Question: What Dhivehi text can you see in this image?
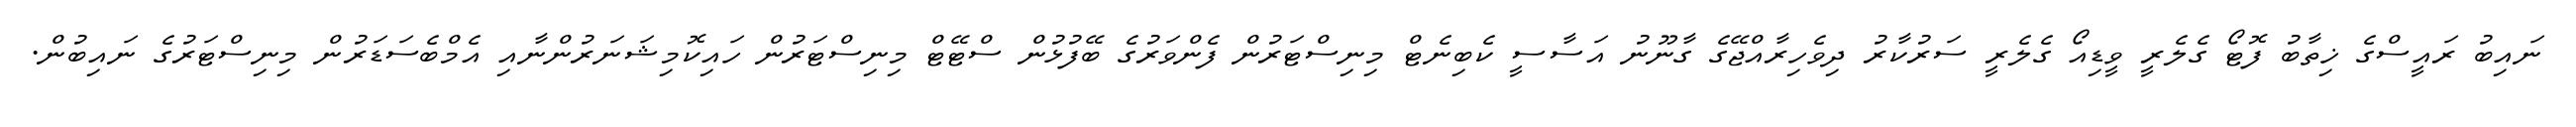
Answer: ނައިބު ރައީސްގެ ޚިތާބު ފޮޓޯ ގެލެރީ ވީޑިއޯ ގެލެރީ ސަރުކާރު ދިވެހިރާއްޖޭގެ ގާނޫނު އަސާސީ ކެބިނެޓް މިނިސްޓަރުން ފެންވަރުގެ ބޭފުޅުން ސްޓޭޓް މިނިސްޓަރުން ހައިކޮމިޝަނަރުންނާއި އެމްބެސަޑަރުން މިނިސްޓަރުގެ ނައިބުން.